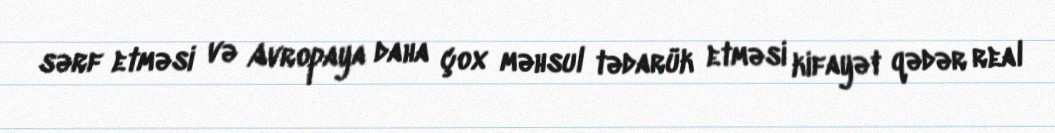
sərf etməsi və Avropaya daha çox məhsul tədarük etməsi kifayət qədər real